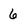
Character: 6